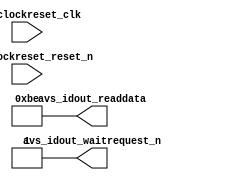
module ChipID(
csi_clockreset_clk,
csi_clockreset_reset_n,

avs_idout_readdata,
avs_idout_waitrequest_n
);

input					csi_clockreset_clk, csi_clockreset_reset_n;

output	[7:0]		avs_idout_readdata;
output				avs_idout_waitrequest_n;

assign	avs_idout_readdata = 8'hBE;
assign	avs_idout_waitrequest_n = 1'b1;

endmodule